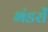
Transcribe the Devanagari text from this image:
भंडरों